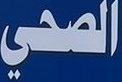
الصحي